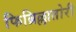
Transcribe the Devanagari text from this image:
फिब्रिल्लातोरी